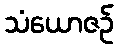
သံယောဇဉ်